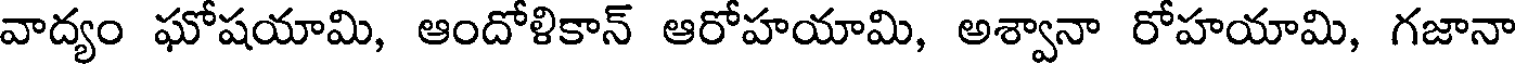
వాద్యం ఘోషయామి, ఆందోళికాన్ ఆరోహయామి, అశ్వానా రోహయామి, గజానా